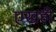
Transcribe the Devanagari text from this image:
एखही